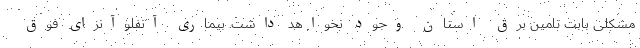
مشکلی بابت تامین برق استان وجود نخواهد داشت. بیماری آنفلوآنزای فوق